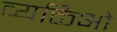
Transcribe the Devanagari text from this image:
व्यक्तिओ